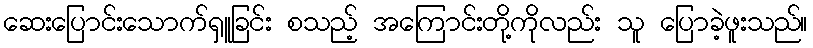
ဆေးပြောင်းသောက်ရှူခြင်း စသည့် အကြောင်းတို့ကိုလည်း သူ ပြောခဲ့ဖူးသည်။